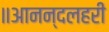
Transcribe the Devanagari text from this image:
॥आनन्दलहरी